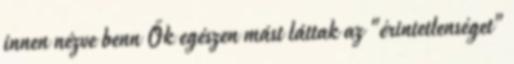
innen nézve benn Ők egészen mást láttak az "érintetlenséget"